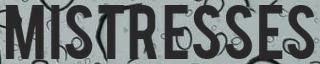
MISTRESSES